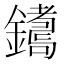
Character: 𨮩